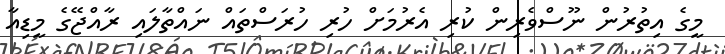
މީގެ އިތުރުން ނޫސްވެރިން ކުރި އެރުމަށް ހުރި ހުރަސްތައް ނައްތާލައި ރާއްޖޭގެ މީޑިއާ